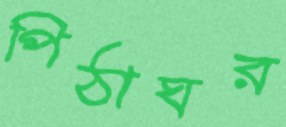
পিঠাঘর